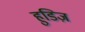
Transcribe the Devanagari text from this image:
हुडिज़